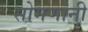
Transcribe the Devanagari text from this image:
सोमणांनी